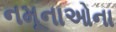
નમૂનાઓના